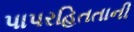
પાપરહિતતાની